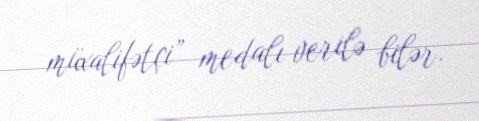
müxalifətçi” medalı verilə bilər.